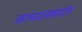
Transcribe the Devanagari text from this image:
काव्यशास्त्रप्रदीप